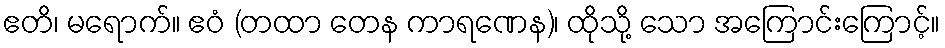
ဧတိ၊ မရောက်။ ဧဝံ (တထာ တေန ကာရဏေန)၊ ထိုသို့ သော အကြောင်းကြောင့်။